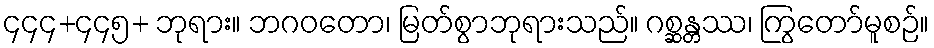
၄၄၄+၄၄၅+ ဘုရား။ ဘဂဝတော၊ မြတ်စွာဘုရားသည်။ ဂစ္ဆန္တဿ၊ ကြွတော်မူစဉ်။